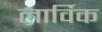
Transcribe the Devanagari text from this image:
लार्विक